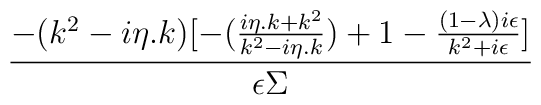
\frac{-(k^{2}-i\eta .k)[-(\frac{i\eta .k+k^{2}}{k^{2}-i\eta .k})+1-\frac{(1-\lambda )i\epsilon }{k^{2}+i\epsilon }]}{\epsilon \Sigma }